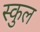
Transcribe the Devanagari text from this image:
स्‍कुल